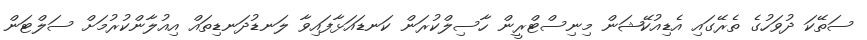
ސަތޭކަ ދުވަހުގެ ތެރޭގައި އެޑިއުކޭޝަން މިނިސްޓްރީން ހާސިލްކުރަން ކަނޑައަޅާފައިވާ ލަނޑުދަނޑިތައް އިއުލާންކުރުމަށް ސަލްޓަން